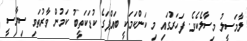
ލާމަސީލު މިސާލެކެވެ. ފަހަރުގައި މި ކަންކަމަކީ ބައްޕަގެ ކުޑަކަތީބު ކަމުން ވާރުތަވި ސިޔާސީ